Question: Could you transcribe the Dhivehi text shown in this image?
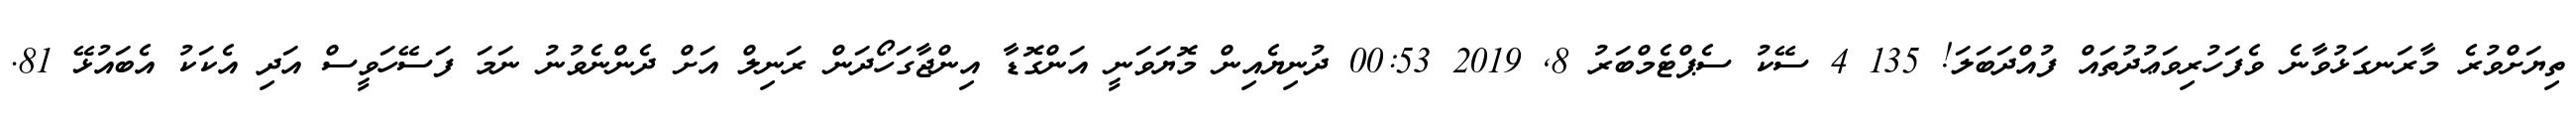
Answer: ތިޔަށްވުރެ މާރަނގަޅުވާނެ ވެފަހުރިވަޢުދުތައް ފުއްދަބަލަ! 135 4 ސޭކު ސެޕްޓެމްބަރު 8, 2019 00:53 ދުނިޔެއިން މޮޔަވަނީ އަންގޮޑާ އިންޖާގަހޯދަން ރަނިލް އަށް ދެންނެވުނު ނަމަ ފަސޭހަވީސް އަދި އެކަކު އެބައުޅޭ 81.